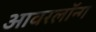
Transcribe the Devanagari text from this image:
आवरलॉन्ग